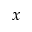
x